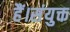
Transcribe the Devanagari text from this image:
हैं।संयुक्त